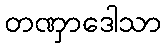
တဏှာဒေါသာ